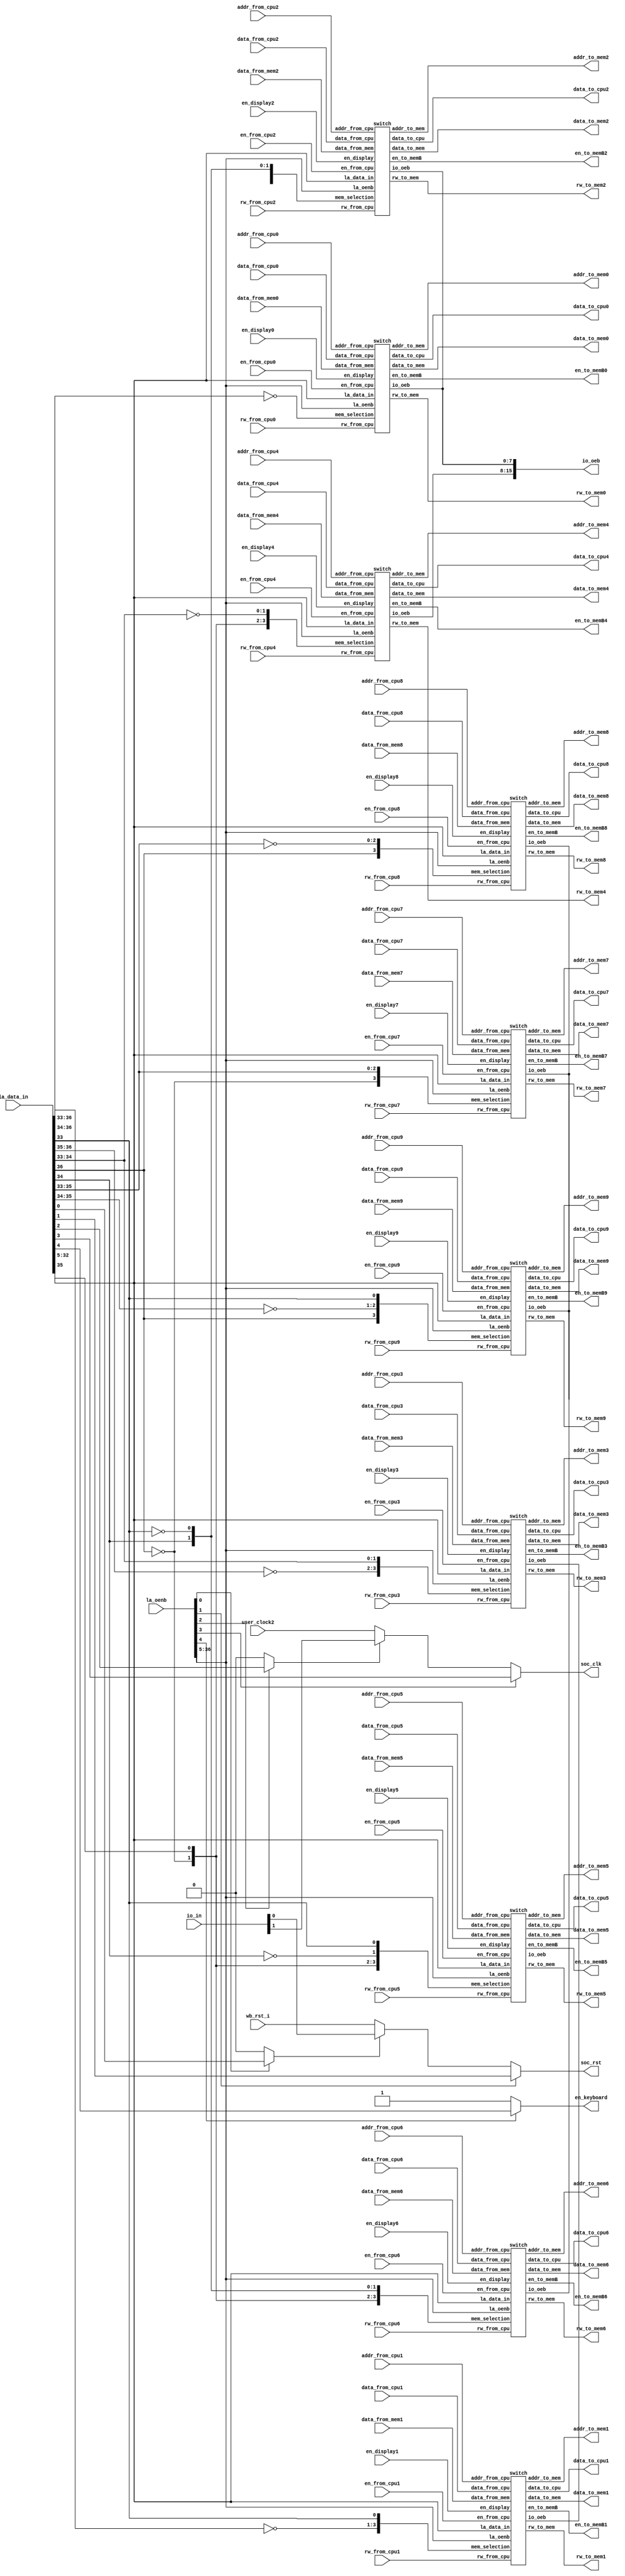
module soc_config (
`ifdef USE_POWER_PINS
    inout vccd1,	// User area 1 1.8V supply
    inout vssd1,	// User area 1 digital ground
`endif

    input wb_rst_i,
    input user_clock2,
    // Logic Analyzer Signals
    input  [36:0] la_data_in,
    input  [36:0] la_oenb,

    // IOs
    input [1:0] io_in,
    output [37:0] io_oeb,

    // CPU0/MEMORY0 specific
    input rw_from_cpu0,
    input en_from_cpu0,
    input [11:0] addr_from_cpu0,
    input [15:0] data_from_cpu0,
    input [15:0] data_from_mem0,
    input en_display0,
    output [15:0] data_to_cpu0,
    output [15:0] data_to_mem0,
    output [8:0] addr_to_mem0,
    output en_to_memB0,
    output rw_to_mem0,

    // CPU1/MEMORY1 specific
    input rw_from_cpu1,
    input en_from_cpu1,
    input [11:0] addr_from_cpu1,
    input [15:0] data_from_cpu1,
    input [15:0] data_from_mem1,
    input en_display1,
    output [15:0] data_to_cpu1,
    output [15:0] data_to_mem1,
    output [8:0] addr_to_mem1,
    output en_to_memB1,
    output rw_to_mem1,

    // CPU2/MEMORY2 specific
    input rw_from_cpu2,
    input en_from_cpu2,
    input [11:0] addr_from_cpu2,
    input [15:0] data_from_cpu2,
    input [15:0] data_from_mem2,
    input en_display2,
    output [15:0] data_to_cpu2,
    output [15:0] data_to_mem2,
    output [8:0] addr_to_mem2,
    output en_to_memB2,
    output rw_to_mem2,

    // CPU3/MEMORY3 specific
    input rw_from_cpu3,
    input en_from_cpu3,
    input [11:0] addr_from_cpu3,
    input [15:0] data_from_cpu3,
    input [15:0] data_from_mem3,
    input en_display3,
    output [15:0] data_to_cpu3,
    output [15:0] data_to_mem3,
    output [8:0] addr_to_mem3,
    output en_to_memB3,
    output rw_to_mem3,

    // CPU4/MEMORY4 specific
    input rw_from_cpu4,
    input en_from_cpu4,
    input [11:0] addr_from_cpu4,
    input [15:0] data_from_cpu4,
    input [15:0] data_from_mem4,
    input en_display4,
    output [15:0] data_to_cpu4,
    output [15:0] data_to_mem4,
    output [8:0] addr_to_mem4,
    output en_to_memB4,
    output rw_to_mem4,

    // CPU5/MEMORY5 specific
    input rw_from_cpu5,
    input en_from_cpu5,
    input [11:0] addr_from_cpu5,
    input [15:0] data_from_cpu5,
    input [15:0] data_from_mem5,
    input en_display5,
    output [15:0] data_to_cpu5,
    output [15:0] data_to_mem5,
    output [8:0] addr_to_mem5,
    output en_to_memB5,
    output rw_to_mem5,

    // CPU6/MEMORY6 specific
    input rw_from_cpu6,
    input en_from_cpu6,
    input [11:0] addr_from_cpu6,
    input [15:0] data_from_cpu6,
    input [15:0] data_from_mem6,
    input en_display6,
    output [15:0] data_to_cpu6,
    output [15:0] data_to_mem6,
    output [8:0] addr_to_mem6,
    output en_to_memB6,
    output rw_to_mem6,

    // CPU7/MEMORY7 specific
    input rw_from_cpu7,
    input en_from_cpu7,
    input [11:0] addr_from_cpu7,
    input [15:0] data_from_cpu7,
    input [15:0] data_from_mem7,
    input en_display7,
    output [15:0] data_to_cpu7,
    output [15:0] data_to_mem7,
    output [8:0] addr_to_mem7,
    output en_to_memB7,
    output rw_to_mem7,

    // CPU8/MEMORY8 specific
    input rw_from_cpu8,
    input en_from_cpu8,
    input [11:0] addr_from_cpu8,
    input [15:0] data_from_cpu8,
    input [15:0] data_from_mem8,
    input en_display8,
    output [15:0] data_to_cpu8,
    output [15:0] data_to_mem8,
    output [8:0] addr_to_mem8,
    output en_to_memB8,
    output rw_to_mem8,

    // CPU9/MEMORY9 specific
    input rw_from_cpu9,
    input en_from_cpu9,
    input [11:0] addr_from_cpu9,
    input [15:0] data_from_cpu9,
    input [15:0] data_from_mem9,
    input en_display9,
    output [15:0] data_to_cpu9,
    output [15:0] data_to_mem9,
    output [8:0] addr_to_mem9,
    output en_to_memB9,
    output rw_to_mem9,

    // CPU/MEMORY specific
    output en_keyboard,
    output soc_rst,
    output soc_clk
);

    // LA
    // if la_data_in is input, then wbrst or io_in can be used
    assign io_oeb[20] = la_oenb[0] ? la_data_in[0] : 1'b0;
    assign soc_rst = la_oenb[1] ? la_data_in[1] : (io_oeb[20] ? io_in[0] : wb_rst_i);

    // if la_data_in is input, then usrclk can be used. Else io_in is the clock
    assign io_oeb[21] = la_oenb[2] ? la_data_in[2] : 1'b0;
    assign soc_clk = la_oenb[3] ? la_data_in[3] : (io_oeb[21] ? io_in[1] : user_clock2);

    // Enable keyboard by LA
    assign en_keyboard = la_oenb[4] ? la_data_in[4] : 1'b1;

switch switch0 (

    // Logic Analyzer
    .la_data_in(la_data_in[32:5]),
    .la_oenb (la_oenb[36:5]),

    // IO Pads
    .io_oeb(io_oeb[7:0]),

    // CPU specific
    .addr_from_cpu(addr_from_cpu0),
    .data_from_cpu(data_from_cpu0),
    .data_to_cpu(data_to_cpu0),
    .rw_from_cpu(rw_from_cpu0),
    .en_from_cpu(en_from_cpu0),
    .en_display(en_display0),

    // memory specific
    .mem_selection(~la_data_in[36:33]),
    .addr_to_mem(addr_to_mem0),
    .data_to_mem(data_to_mem0),
    .data_from_mem(data_from_mem0),
    .rw_to_mem(rw_to_mem0),
    .en_to_memB(en_to_memB0)
);

switch switch1 (

    // Logic Analyzer
    .la_data_in(la_data_in[32:5]),
    .la_oenb (la_oenb[36:5]),

    // IO Pads
    .io_oeb(io_oeb[37:30]),

    // CPU specific
    .addr_from_cpu(addr_from_cpu1),
    .data_from_cpu(data_from_cpu1),
    .data_to_cpu(data_to_cpu1),
    .rw_from_cpu(rw_from_cpu1),
    .en_from_cpu(en_from_cpu1),
    .en_display(en_display1),

    // memory specific
    .mem_selection({~la_data_in[36:34], la_data_in[33]}),
    .addr_to_mem(addr_to_mem1),
    .data_to_mem(data_to_mem1),
    .data_from_mem(data_from_mem1),
    .rw_to_mem(rw_to_mem1),
    .en_to_memB(en_to_memB1)
);

switch switch2 (

    // Logic Analyzer
    .la_data_in(la_data_in[32:5]),
    .la_oenb (la_oenb[36:5]),

    // IO Pads
    .io_oeb(io_oeb[7:0]),

    // CPU specific
    .addr_from_cpu(addr_from_cpu2),
    .data_from_cpu(data_from_cpu2),
    .data_to_cpu(data_to_cpu2),
    .rw_from_cpu(rw_from_cpu2),
    .en_from_cpu(en_from_cpu2),
    .en_display(en_display2),

    // memory specific
    .mem_selection({~la_data_in[36:35], la_data_in[34], ~la_data_in[33]}),
    .addr_to_mem(addr_to_mem2),
    .data_to_mem(data_to_mem2),
    .data_from_mem(data_from_mem2),
    .rw_to_mem(rw_to_mem2),
    .en_to_memB(en_to_memB2)
);

switch switch3 (

    // Logic Analyzer
    .la_data_in(la_data_in[32:5]),
    .la_oenb (la_oenb[36:5]),

    // IO Pads
    .io_oeb(io_oeb[37:30]),

    // CPU specific
    .addr_from_cpu(addr_from_cpu3),
    .data_from_cpu(data_from_cpu3),
    .data_to_cpu(data_to_cpu3),
    .rw_from_cpu(rw_from_cpu3),
    .en_from_cpu(en_from_cpu3),
    .en_display(en_display3),

    // memory specific
    .mem_selection({~la_data_in[36:35], la_data_in[34:33]}),
    .addr_to_mem(addr_to_mem3),
    .data_to_mem(data_to_mem3),
    .data_from_mem(data_from_mem3),
    .rw_to_mem(rw_to_mem3),
    .en_to_memB(en_to_memB3)
);

switch switch4 (

    // Logic Analyzer
    .la_data_in(la_data_in[32:5]),
    .la_oenb (la_oenb[36:5]),

    // IO Pads
    .io_oeb(io_oeb[15:8]),

    // CPU specific
    .addr_from_cpu(addr_from_cpu4),
    .data_from_cpu(data_from_cpu4),
    .data_to_cpu(data_to_cpu4),
    .rw_from_cpu(rw_from_cpu4),
    .en_from_cpu(en_from_cpu4),
    .en_display(en_display4),

    // memory specific
    .mem_selection({~la_data_in[36], la_data_in[35], ~la_data_in[34:33]}),
    .addr_to_mem(addr_to_mem4),
    .data_to_mem(data_to_mem4),
    .data_from_mem(data_from_mem4),
    .rw_to_mem(rw_to_mem4),
    .en_to_memB(en_to_memB4)
);

switch switch5 (

    // Logic Analyzer
    .la_data_in(la_data_in[32:5]),
    .la_oenb (la_oenb[36:5]),

    // IO Pads
    .io_oeb(io_oeb[29:22]),

    // CPU specific
    .addr_from_cpu(addr_from_cpu5),
    .data_from_cpu(data_from_cpu5),
    .data_to_cpu(data_to_cpu5),
    .rw_from_cpu(rw_from_cpu5),
    .en_from_cpu(en_from_cpu5),
    .en_display(en_display5),

    // memory specific
    .mem_selection({~la_data_in[36], la_data_in[35], ~la_data_in[34], la_data_in[33]}),
    .addr_to_mem(addr_to_mem5),
    .data_to_mem(data_to_mem5),
    .data_from_mem(data_from_mem5),
    .rw_to_mem(rw_to_mem5),
    .en_to_memB(en_to_memB5)
);

switch switch6 (

    // Logic Analyzer
    .la_data_in(la_data_in[32:5]),
    .la_oenb (la_oenb[36:5]),

    // IO Pads
    .io_oeb(),

    // CPU specific
    .addr_from_cpu(addr_from_cpu6),
    .data_from_cpu(data_from_cpu6),
    .data_to_cpu(data_to_cpu6),
    .rw_from_cpu(rw_from_cpu6),
    .en_from_cpu(en_from_cpu6),
    .en_display(en_display6),

    // memory specific
    .mem_selection({~la_data_in[36], la_data_in[35:34], ~la_data_in[33]}),
    .addr_to_mem(addr_to_mem6),
    .data_to_mem(data_to_mem6),
    .data_from_mem(data_from_mem6),
    .rw_to_mem(rw_to_mem6),
    .en_to_memB(en_to_memB6)
);

switch switch7 (

    // Logic Analyzer
    .la_data_in(la_data_in[32:5]),
    .la_oenb (la_oenb[36:5]),

    // IO Pads
    .io_oeb(),

    // CPU specific
    .addr_from_cpu(addr_from_cpu7),
    .data_from_cpu(data_from_cpu7),
    .data_to_cpu(data_to_cpu7),
    .rw_from_cpu(rw_from_cpu7),
    .en_from_cpu(en_from_cpu7),
    .en_display(en_display7),

    // memory specific
    .mem_selection({~la_data_in[36], la_data_in[35:33]}),
    .addr_to_mem(addr_to_mem7),
    .data_to_mem(data_to_mem7),
    .data_from_mem(data_from_mem7),
    .rw_to_mem(rw_to_mem7),
    .en_to_memB(en_to_memB7)
);

switch switch8 (

    // Logic Analyzer
    .la_data_in(la_data_in[32:5]),
    .la_oenb (la_oenb[36:5]),

    // IO Pads
    .io_oeb(),

    // CPU specific
    .addr_from_cpu(addr_from_cpu8),
    .data_from_cpu(data_from_cpu8),
    .data_to_cpu(data_to_cpu8),
    .rw_from_cpu(rw_from_cpu8),
    .en_from_cpu(en_from_cpu8),
    .en_display(en_display8),

    // memory specific
    .mem_selection({la_data_in[36], ~la_data_in[35:33]}),
    .addr_to_mem(addr_to_mem8),
    .data_to_mem(data_to_mem8),
    .data_from_mem(data_from_mem8),
    .rw_to_mem(rw_to_mem8),
    .en_to_memB(en_to_memB8)
);

switch switch9 (

    // Logic Analyzer
    .la_data_in(la_data_in[32:5]),
    .la_oenb (la_oenb[36:5]),

    // IO Pads
    .io_oeb(),

    // CPU specific
    .addr_from_cpu(addr_from_cpu9),
    .data_from_cpu(data_from_cpu9),
    .data_to_cpu(data_to_cpu9),
    .rw_from_cpu(rw_from_cpu9),
    .en_from_cpu(en_from_cpu9),
    .en_display(en_display9),

    // memory specific
    .mem_selection({la_data_in[36], ~la_data_in[35:34], la_data_in[33]}),
    .addr_to_mem(addr_to_mem9),
    .data_to_mem(data_to_mem9),
    .data_from_mem(data_from_mem9),
    .rw_to_mem(rw_to_mem9),
    .en_to_memB(en_to_memB9)
);

endmodule

module switch (

    // Logic Analyzer
    input [27:0] la_data_in,
    input [31:0] la_oenb,

    // IO Pads
    output [7:0] io_oeb,

    // CPU specific
    input [11:0] addr_from_cpu,
    input [15:0] data_from_cpu,
    output [15:0] data_to_cpu,
    input rw_from_cpu,
    input en_from_cpu,
    input en_display,

    // memory specific
    input [3:0] mem_selection, //la_data_in[31:28]
    output [8:0] addr_to_mem,
    output [15:0] data_to_mem,
    input [15:0] data_from_mem,
    output rw_to_mem,
    output en_to_memB
);

    wire en_disp;
    wire [3:0] addr_to_decod;

    // Provision to read/write ram from LA
    assign data_to_cpu = data_from_mem;
    assign addr_to_decod = la_oenb[31:28] ? mem_selection[3:0] : {4{en_from_cpu}};
    assign addr_to_mem = la_oenb[26:18] ? la_data_in[26:18] : addr_from_cpu[8:0];
    assign data_to_mem = la_oenb[17:2] ? la_data_in[17:2] : data_from_cpu;
    assign rw_to_mem = la_oenb[1] ? la_data_in[1] : ~rw_from_cpu; // active low for openram
    assign en_disp = la_oenb[0] ? la_data_in[0] : en_display; // active low for openram
    assign io_oeb = ~{8{en_disp}};
    assign en_to_memB = ~(addr_to_decod[3] & addr_to_decod[2] & addr_to_decod[1] & addr_to_decod[0]); // active low for openram

endmodule